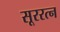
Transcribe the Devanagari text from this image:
सूररत्‍न